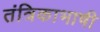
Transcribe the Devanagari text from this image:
तंत्रिकाभाषी